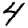
Digit: 4